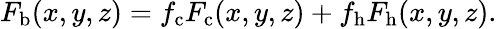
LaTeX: F_{\mathrm{b}}(x,y,z)=f_{\mathrm{c}}F_{\mathrm{c}}(x,y,z)+f_{\mathrm{h}}F_{\mathrm{h}}(x,y,z).